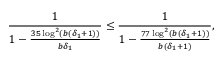
\frac { 1 } { 1 - \frac { 3 5 \log ^ { 2 } ( b ( \delta _ { 1 } + 1 ) ) } { b \delta _ { 1 } } } \leq \frac { 1 } { 1 - \frac { 7 7 \log ^ { 2 } ( b ( \delta _ { 1 } + 1 ) ) } { b ( \delta _ { 1 } + 1 ) } } ,